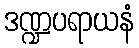
ဒဏ္ဍပရာယနံ